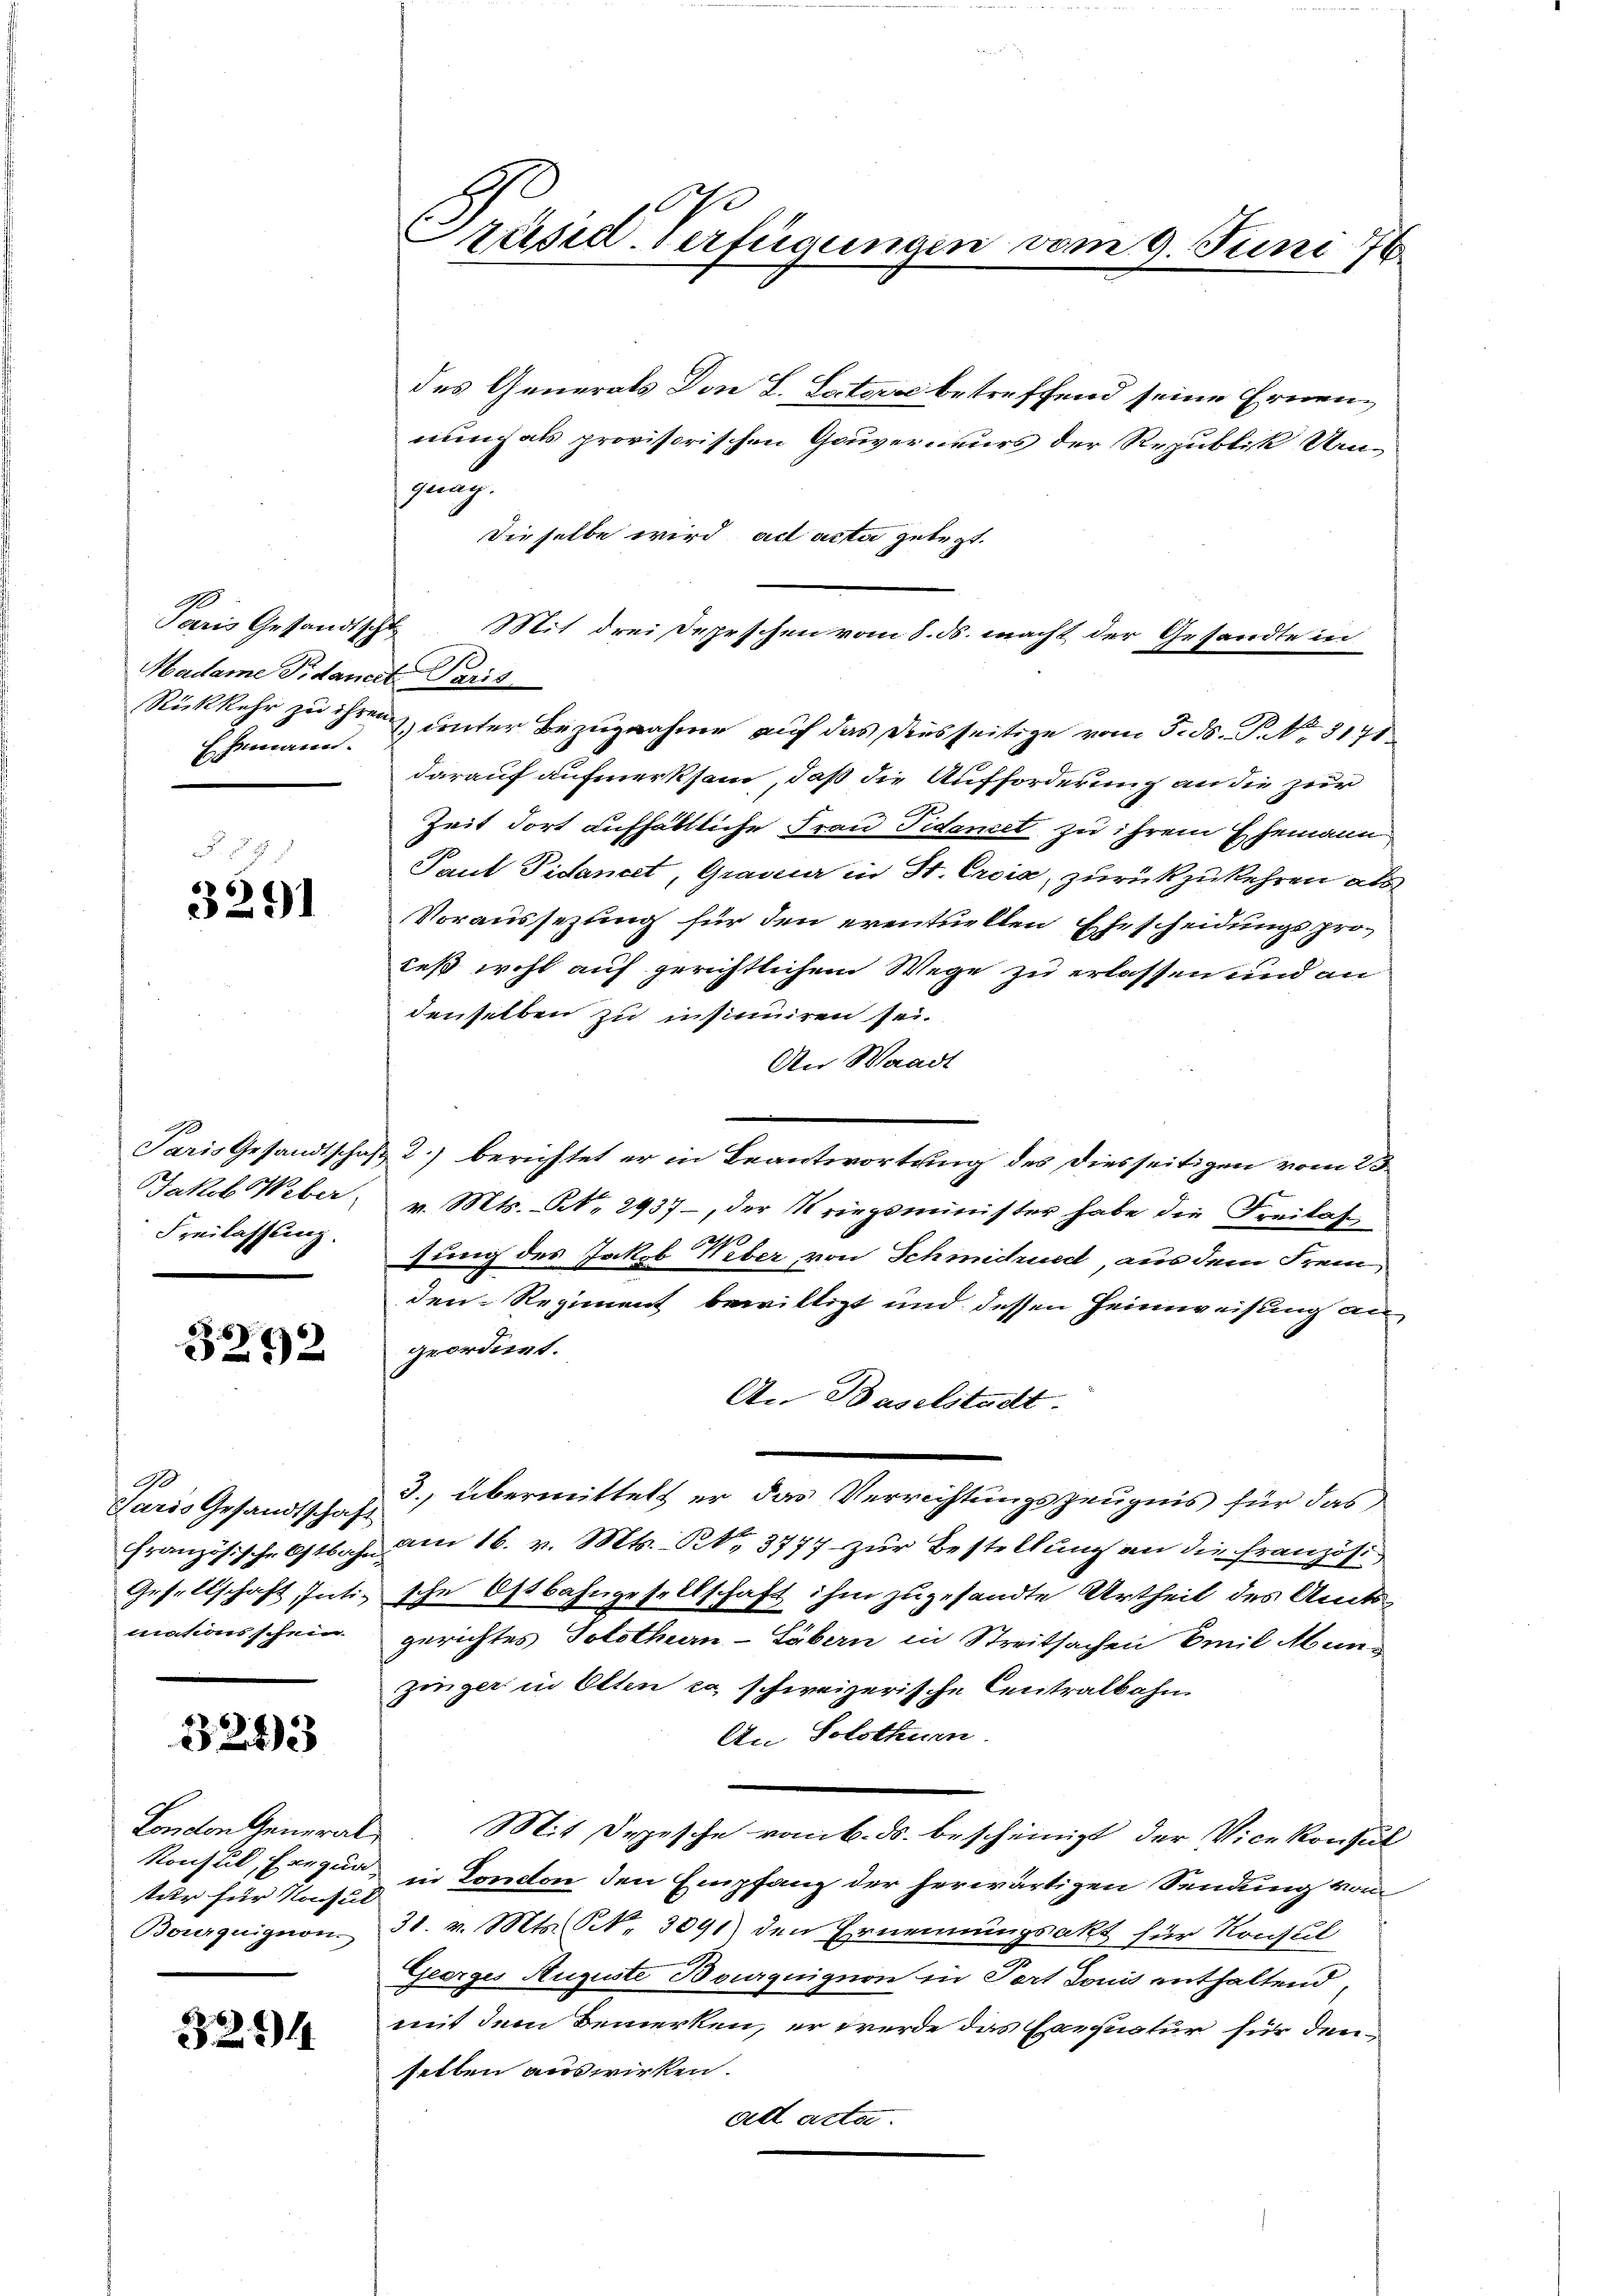
Paris Gesandtschl
Hadame Fidant Paris
Ehemann.

3291

Paris Gesandtschaf
Jakob Weber
Freilassung.

3292

A
Paris Gesandtschaft
Gesellschaft Inti-
mationsschein.

3243

London Generaltur für Konsul
Bourquignon

324

Präsid. Verfügungen vom 9. Juni 176

des Generals Don L. Laters betreffend seine Ernennung als provisorischen Gouverneurs der Republik Ums
Dieselbe wird ad acta gelegt.
Mit drei Depeschen vom 8. ds. macht der Gesandte in
Rükkehr zu ihren & unter Bezugnahme auf das diesseitige vom 5. ds. P. No. 5171
darauf aufmerksam, daß die Aufforderung an die zur
Zeit dort aufhältliche Frau Tidancel zu ihrem Ehemann
Paul Pisancet, Gravier in St. Croix, zurückzukehren als
Voraussezung für den eventuellen Ehescheidungsprodeß wohl auf gerichtlichem Wege zu erlassen und an
denselben zu insinuiren sei.
An Waadt
& 2.) berichtet er in Beantwortung des Diesseitigen vom 23.
v. Mts. No. 2937, der Kriegsminister habe die Freilas
sung des Jakob Keber von Schmidred, aus dem Fremden Regiment bewilligt und dessen Heimweisung an
geordnet.
An Baselstadt.
3., übermittelt er das Verrichtungszeugnis für das
Französische Ostbahn am 16. v. Mts. S. 3777 zur Bestellung an die Französische Ostbahngesellschaft ihm zugesandte Urtheil des Amtsgerichtes Solothurn-Läbern in Streitsachen Emil Manzinger in Olten ca schweizerische Centralbahn
An Solothurn
Mit Depesche vom 6. ds. bescheinigt der Vicekonsul
Konsul Exequr, in London den Empfang der herwärtigen Sendung von
31. v. Mts. NNo. 3091) den Ernennungsakt für Konsul
Georges Auguste Boguignon in Port donis enthaltend
mit dem Bemerken, er werde das Exequatur für denselben auswirken.
ad acta.